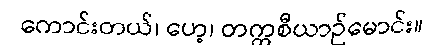
ကောင်းတယ်၊ ဟေ့၊ တက္ကစီယာဉ်မောင်း။